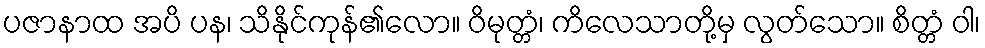
ပဇာနာထ အပိ ပန၊ သိနိုင်ကုန်၏လော။ ဝိမုတ္တံ၊ ကိလေသာတို့မှ လွတ်သော။ စိတ္တံ ဝါ၊